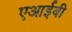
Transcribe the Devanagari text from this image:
एआईबी